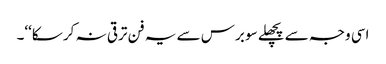
اسی وجہ سے پچھلے سو برس سے یہ فن ترقی نہ کر سکا‘‘۔